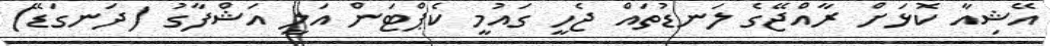
އޭޝިއާ ކޮޅަށް ރާއްޖޭގެ ލަނޑުތައް ޖެހީ ގައުމީ ކެޕްޓަން އަލީ އަޝްފާގު (ދަނގަޑޭ)